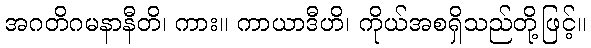
အဂတိဂမနာနီတိ၊ ကား။ ကာယာဒီဟိ၊ ကိုယ်အစရှိသည်တို့ဖြင့်။